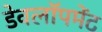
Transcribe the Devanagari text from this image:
डेवलॉपमेंट